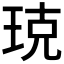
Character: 𤥣